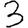
Digit: 3